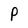
Character: P